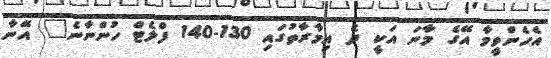
އެހެންވީމާ އޭގެ މާނަ އަކީ ދެ އިމާރާތުގައި 130-140 ފްލެޓް ހުންނާނެ" އޭނާ